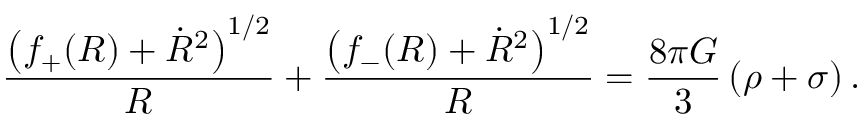
\frac { \left( f _ { + } ( R ) + \dot { R } ^ { 2 } \right) ^ { 1 / 2 } } { R } + \frac { \left( f _ { - } ( R ) + \dot { R } ^ { 2 } \right) ^ { 1 / 2 } } { R } = \frac { 8 \pi G } { 3 } \, ( \rho + \sigma ) \, .